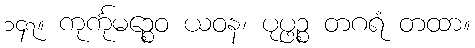
၁၄၇။ ကုင်္ကုမဉ္စေဝ ယဝန၊ ပုပ္ဖဉ္စ တဂရံ တထာ။